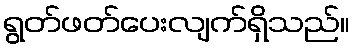
ရွတ်ဖတ်ပေးလျက်ရှိသည်။